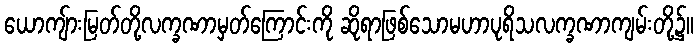
ယောကျ်ားမြတ်တို့လက္ခဏာမှတ်ကြောင်းကို ဆိုရာဖြစ်သောမဟာပုရိသလက္ခဏာကျမ်းတို့၌။